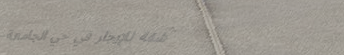
شقة للإيجار في حي الجامعة